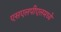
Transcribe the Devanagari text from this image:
एसएलपीएलमध्ये